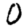
Digit: 0